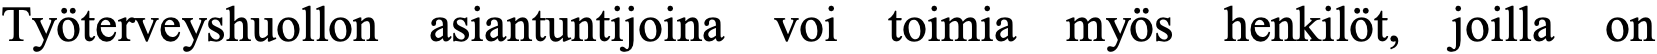
Työterveyshuollon asiantuntijoina voi toimia myös henkilöt, joilla on